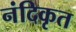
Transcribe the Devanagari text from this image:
नंदिकृत